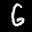
Label: 6